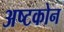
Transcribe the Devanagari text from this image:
अष्टकोन